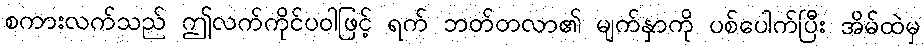
စကားလက်သည် ဤလက်ကိုင်ပဝါဖြင့် ရက် ဘတ်တလာ၏ မျက်နှာကို ပစ်ပေါက်ပြီး အိမ်ထဲမှ